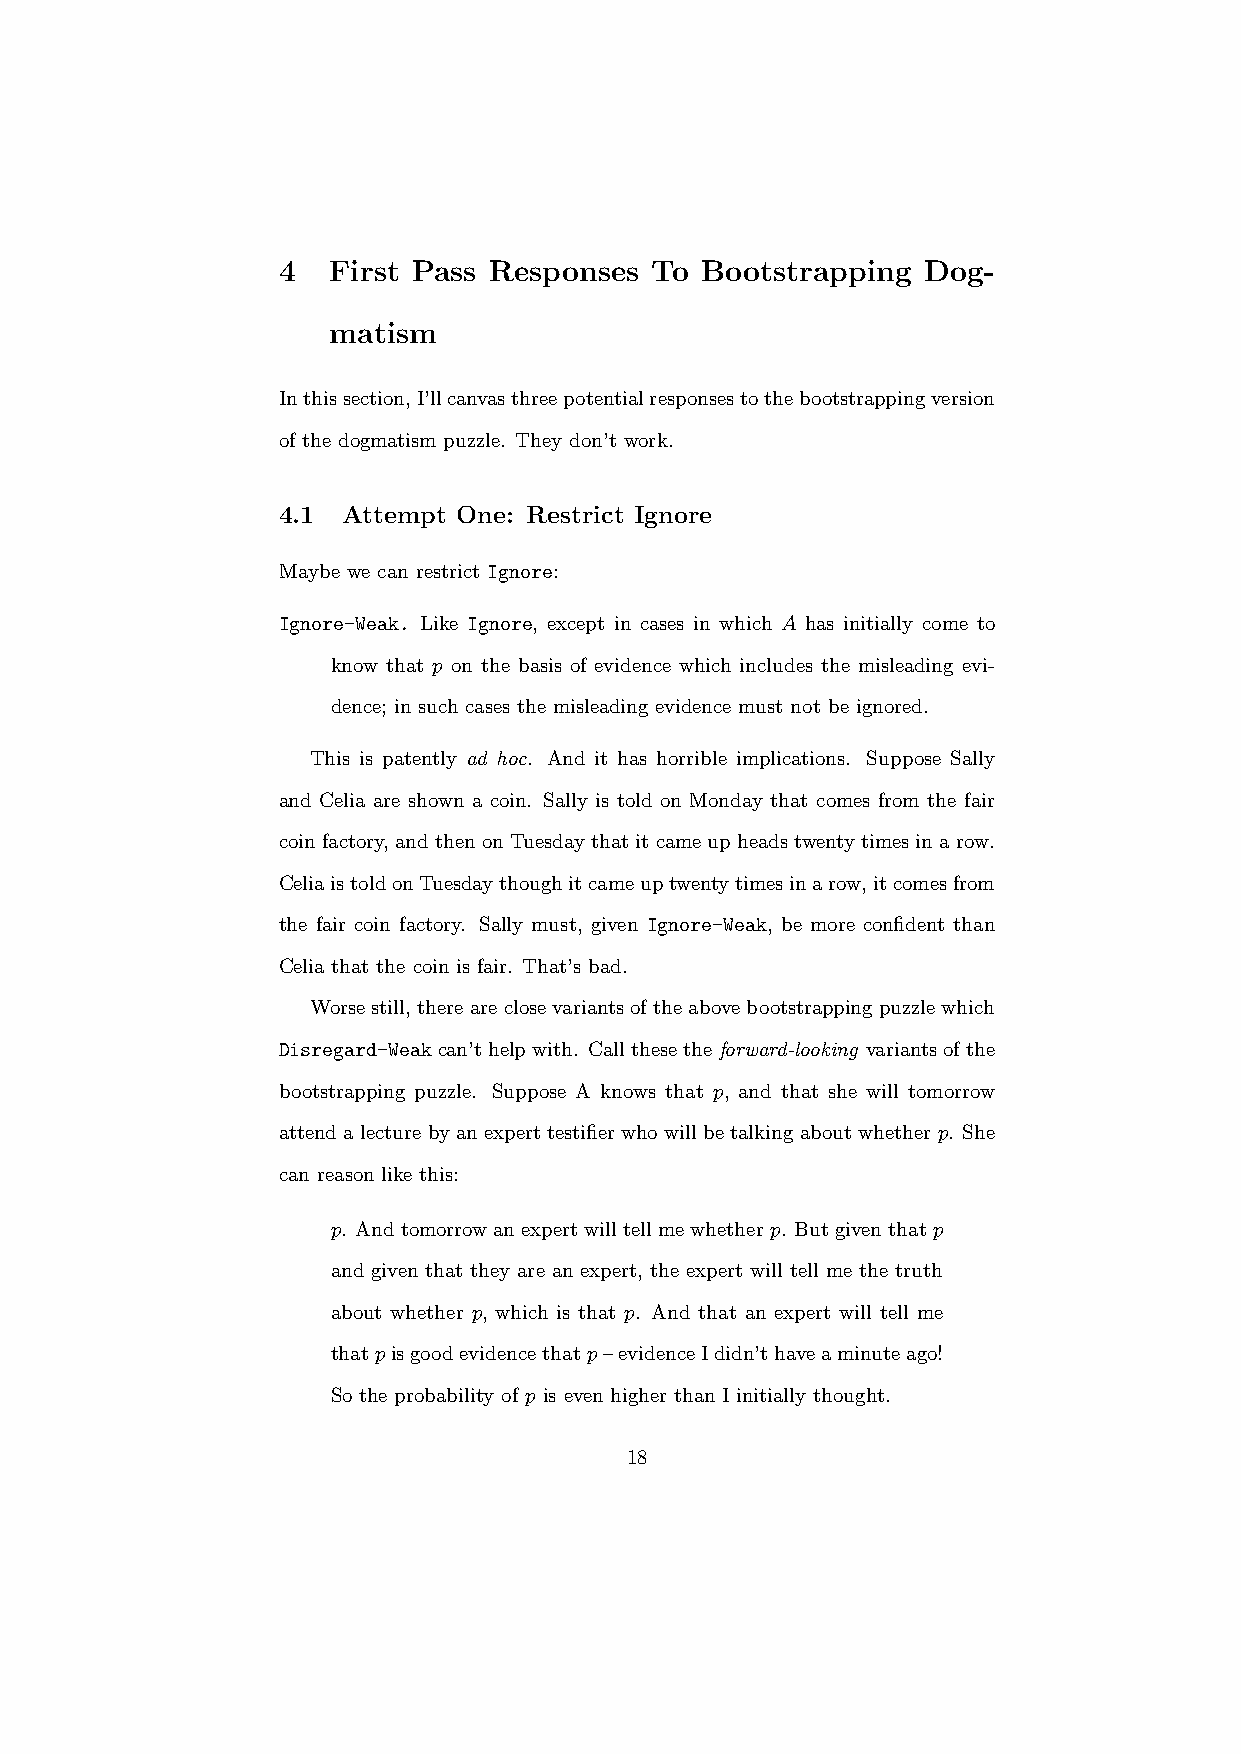
4   First Pass Responses To Bootstrapping  Dog-
 matism
 Inthissection,I’llcanvasthreepotentialresponsestothebootstrappingversion
 of the dogmatism puzzle. They don’t work.
 4.1  Attempt One: Restrict Ignore
 Maybe we can restrict Ignore:
 Ignore-Weak. Like Ignore, except in cases in which A has initially come to
 know that p on the basis of evidence which includes the misleading evi-
 dence; in such cases the misleading evidence must not be ignored.
 This is patently ad hoc. And it has horrible implications. Suppose Sally
 and Celia are shown a coin. Sally is told on Monday that comes from the fair
 coin factory, and then on Tuesdaythat it came up headstwenty times in a row.
 CeliaistoldonTuesdaythoughitcameuptwentytimesinarow,itcomesfrom
 the fair coin factory. Sally must, given Ignore-Weak, be more confident than
 Celia that the coin is fair. That’s bad.
 Worsestill, thereareclosevariantsoftheabovebootstrappingpuzzlewhich
 Disregard-Weakcan’thelpwith. Callthesetheforward-looking variantsofthe
 bootstrapping puzzle. Suppose A knows that p, and that she will tomorrow
 attendalecturebyanexperttestifierwhowillbetalkingaboutwhetherp. She
 can reason like this:
 p. Andtomorrowanexpertwilltellmewhetherp. Butgiventhatp
 and given that they are an expert, the expert will tell me the truth
 about whether p, which is that p. And that an expert will tell me
 thatpisgoodevidencethatp–evidenceIdidn’thaveaminuteago!
 So the probability of p is even higher than I initially thought.
 18